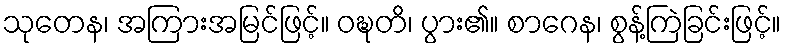
သုတေန၊ အကြားအမြင်ဖြင့်။ ဝဍ္ဎတိ၊ ပွား၏။ စာဂေန၊ စွန့်ကြဲခြင်းဖြင့်။